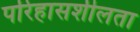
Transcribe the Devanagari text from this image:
परिहासशीलता